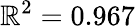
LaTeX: \mathbb{R}^{2}=0.967